Indian journal of veterinary science and animal husbandry - Volume 8,
Year: 1938
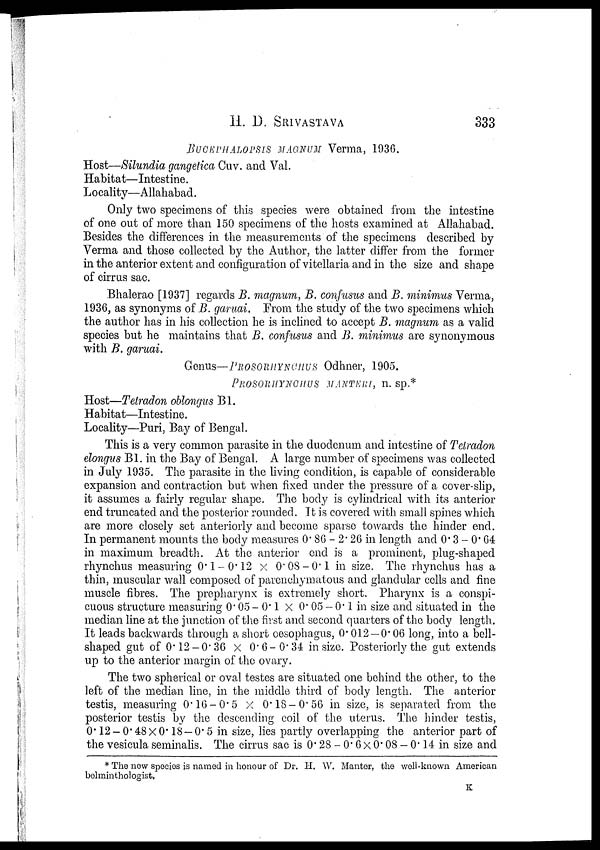
H. D.
SRIVASTAVA
333
BUCEPHALOPSIS MAGNUM Verma, 1936.
Host—Silundia gangetica Cuv. and Val.
Habitat—Intestine.
Locality—Allahabad.
Only two specimens of this species were obtained from the intestine
of one out of more than 150 specimens of the hosts examined at Allahabad.
Besides the differences in the measurements of the specimens described by
Verma and those collected by the Author, the latter differ from the former
in the anterior extent and configuration of vitellaria and in the size and shape
of cirrus sac.
Bhalerao [1937] regards B. magnum, B. confusus and B. minimus Verma,
1936, as synonyms of B. garuai. From the study of the two specimens which
the author has in his collection he is inclined to accept B. magnum as a valid
species but he maintains that B. confusus and B. minimus are synonymous
with B. garuai.
Genus—PROSORHYNCHUS Odhner, 1905.
PROSORHYNCHUS MANTERI n. Sp.*
Host—Tetradon oblongus B1.
Habitat—Intestine.
Locality—Puri, Bay of Bengal.
This is a very common parasite in the duodenum and intestine of Tetradon
elongus B1. in the Bay of Bengal. A large number of specimens was collected
in July 1935. The parasite in the living condition, is capable of considerable
expansion and contraction but when fixed under the pressure of a cover-slip,
it assumes a fairly regular shape. The body is cylindrical with its anterior
end truncated and the posterior rounded. It is covered with small spines which
are more closely set anteriorly and become sparse towards the hinder end.
In permanent mounts the body measures 0.80 — 2.26 in length and 0.3 — 0.64
in maximum breadth.. At the anterior end is a prominent, plug-shaped
rhynchus measuring 0.1— 0.12 × 0.08—0.1 in size. The rhynchus has a
thin, muscular wall composed of parenchymatous and glandular cells and fine
muscle fibres. The prepharynx is extremely short. Pharynx is a conspi-
cuous structure measuring 0.05 — 0.1 × 0.05 — 0.1 in size and situated in the
median line at the junction of the first and second quarters of the body length.
It leads backwards through a short oesophagus, 0.012—0.06 long, into a bell-
shaped gut of 0.12—0.36 × 0.6—0.34 in size. Posteriorly the gut extends
up to the anterior margin of the ovary.
The two spherical or oval testes are situated one behind the other, to the
left of the median line, in the middle third of body length. The anterior
testis, measuring 0.16—0.5 × 0.18—0.56 in size, is separated from the
posterior testis by the descending coil of the uterus. The hinder testis,
0.12—0.48×0.18—0.5 in size, lies partly overlapping the anterior part of
the vesicula seminalis. The cirrus sac is 0.28 — 0.6 × 0.08 — 0.14 in size and
* The new species is named in honour of Dr. H. W. Manter, the well-known American
belminthologist.
K